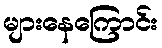
များနေကြောင်း